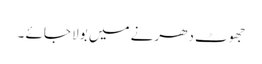
جھوٹ دھرنے میں بولا جائے ۔